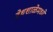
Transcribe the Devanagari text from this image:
वेधशाळेमध्ये